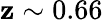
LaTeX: \mathbf{z}\sim0.66